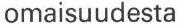
omaisuudesta